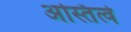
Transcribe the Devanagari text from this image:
अस्तित्वे